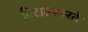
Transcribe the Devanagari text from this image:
विटाळापरते